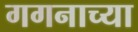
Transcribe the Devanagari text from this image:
गगनाच्या